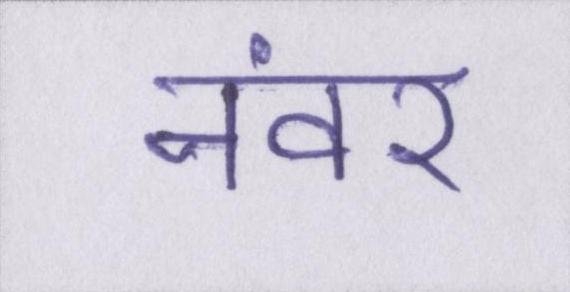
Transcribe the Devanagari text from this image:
नंवर